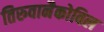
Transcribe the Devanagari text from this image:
तिरुवानैकोविल